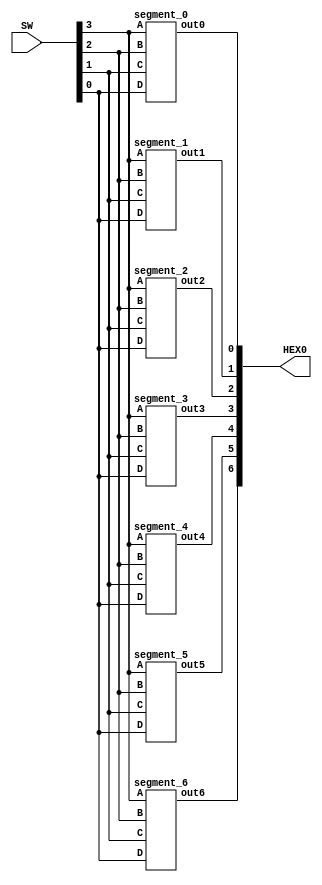
module hexdecode(SW,HEX0);
	input[3:0] SW;
	output[6:0] HEX0;
	
	segment_0 u0
			(.D(SW[0]),
			 .C(SW[1]),
			 .B(SW[2]),
			 .A(SW[3]),
			 .out0(HEX0[0])
			);
   	segment_1 u1
			(.D(SW[0]),
			 .C(SW[1]),
			 .B(SW[2]),
			 .A(SW[3]),
			 .out1(HEX0[1])
			);
	segment_2 u2
			(.D(SW[0]),
			 .C(SW[1]),
			 .B(SW[2]),
			 .A(SW[3]),
			 .out2(HEX0[2])
			);
	segment_3 u3
			(.D(SW[0]),
			 .C(SW[1]),
			 .B(SW[2]),
			 .A(SW[3]),
			 .out3(HEX0[3])
			);
	segment_4 u4
			(.D(SW[0]),
			 .C(SW[1]),
			 .B(SW[2]),
			 .A(SW[3]),
			 .out4(HEX0[4])
			);
	segment_5 u5
			(.D(SW[0]),
			 .C(SW[1]),
			 .B(SW[2]),
			 .A(SW[3]),
			 .out5(HEX0[5])
			);
	segment_6 u6
			(.D(SW[0]),
			 .C(SW[1]),
			 .B(SW[2]),
			 .A(SW[3]),
			 .out6(HEX0[6])
			);
endmodule

module segment_0(D,C,B,A,out0);
	input D;
	input C;
	input B;
	input A;
	output out0;
	
	assign out0 = (~A&~B&~C&D)|(~A&B&~C&~D)|(A&~B&C&D)|(A&B&~C&D);

endmodule


module segment_1(D,C,B,A,out1);
	input D;
	input C;
	input B;
	input A;
	output out1;
	
	assign out1 = (~A&B&~C&D)|(A&B&~D)|(B&C&~D)|(A&C&D);

endmodule


module segment_2(D,C,B,A,out2);
	input D;
	input C;
	input B;
	input A;
	output out2;
	
	assign out2 = (A&B&~D)|(A&B&C)|(~A&~B&C&~D);

endmodule


module segment_3(D,C,B,A,out3);
	input D;
	input C;
	input B;
	input A;
	output out3;
	
	assign out3 = B&C&D|~A&~B&~C&D|~A&B&~C&~D|A&~B&C&~D;

endmodule


module segment_4(D,C,B,A,out4);
	input D;
	input C;
	input B;
	input A;
	output out4;
	
	assign out4 = (~A&B&~C)|(~A&D)|(~B&~C&D);

endmodule


module segment_5(D,C,B,A,out5);
	input D;
	input C;
	input B;
	input A;
	output out5;
	
	assign out5 = (~A&~B&D)|(~A&~B&C)|(~A&C&D)|(A&B&~C&D);

endmodule


module segment_6(D,C,B,A,out6);
	input D;
	input C;
	input B;
	input A;
	output out6;
	
	assign out6 = (~A&~B&~C)|(~A&B&C&D)|(A&B&~C&~D);

endmodule